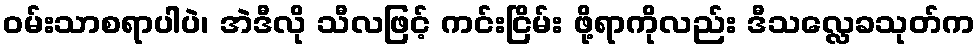
ဝမ်းသာစရာပါပဲ၊ အဲဒီလို သီလဖြင့် ကင်းငြိမ်း ဖို့ရာကိုလည်း ဒီသလ္လေခသုတ်က